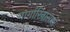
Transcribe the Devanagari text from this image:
मार्गारिनासाठी